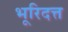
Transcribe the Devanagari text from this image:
भूरिदत्त